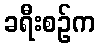
ခရီးစဉ်က